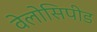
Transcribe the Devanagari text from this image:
वेलोसिपीड